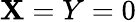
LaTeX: \mathbf{X}=Y=0